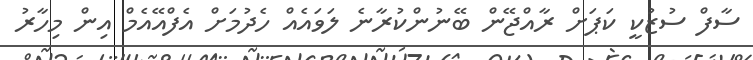
ސާފް ސުޒުކީ ކަޕަށް ރާއްޖޭން ބޭނުންކުރާނެ ލަވައެއް ހެދުމަށް އެފްއޭއެމް އިން މިހާރު